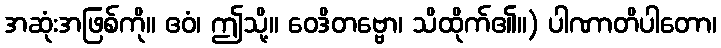
အဆုံးအဖြစ်ကို။ ဧဝံ၊ ဤသို့။ ဝေဒိတဗ္ဗော၊ သိထိုက်၏။) ပါဏာတိပါတော၊